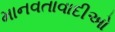
માનવતાવાદીઓ